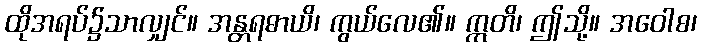
ထိုအရပ်၌သာလျှင်။ အန္တရဓာယိ၊ ကွယ်လေ၏။ ဣတိ၊ ဤသို့။ အဝေါစ၊